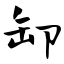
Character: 卸